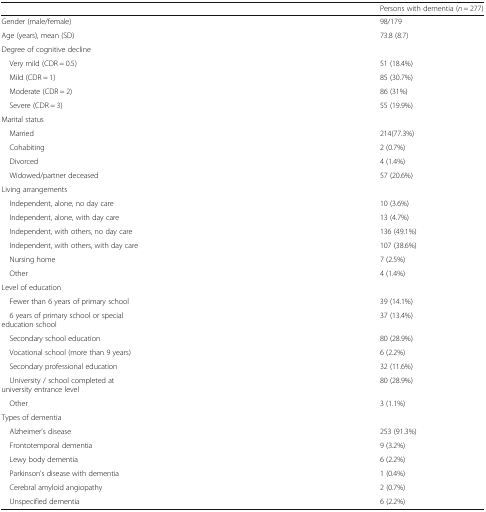
|  | Persons with dementia (n = 277) |
 | --- | --- |
 | Gender (male/female) | 98/179 |
 | Age (years), mean (SD) | 73.8 (8.7) |
 | <COLSPAN=2> Degree of cognitive decline |
 | Very mild (CDR = 0.5) | 51 (18.4%) |
 | Mild (CDR = 1) | 85 (30.7%) |
 | Moderate (CDR = 2) | 86 (31%) |
 | Severe (CDR = 3) | 55 (19.9%) |
 | <COLSPAN=2> Marital status |
 | Married | 214(77.3%) |
 | Cohabiting | 2 (0.7%) |
 | Divorced | 4 (1.4%) |
 | Widowed/partner deceased | 57 (20.6%) |
 | <COLSPAN=2> Living arrangements |
 | Independent, alone, no day care | 10 (3.6%) |
 | Independent, alone, with day care | 13 (4.7%) |
 | Independent, with others, no day care | 136 (49.1%) |
 | Independent, with others, with day care | 107 (38.6%) |
 | Nursing home | 7 (2.5%) |
 | Other | 4 (1.4%) |
 | <COLSPAN=2> Level of education |
 | Fewer than 6 years of primary school | 39 (14.1%) |
 | 6 years of primary school or special education school | 37 (13.4%) |
 | Secondary school education | 80 (28.9%) |
 | Vocational school (more than 9 years) | 6 (2.2%) |
 | Secondary professional education | 32 (11.6%) |
 | University / school completed at university entrance level | 80 (28.9%) |
 | Other | 3 (1.1%) |
 | <COLSPAN=2> Types of dementia |
 | Alzheimer’s disease | 253 (91.3%) |
 | Frontotemporal dementia | 9 (3.2%) |
 | Lewy body dementia | 6 (2.2%) |
 | Parkinson’s disease with dementia | 1 (0.4%) |
 | Cerebral amyloid angiopathy | 2 (0.7%) |
 | Unspecified dementia | 6 (2.2%) |